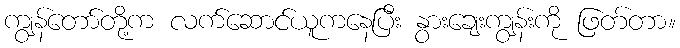
ကျွန်တော်တို့က လက်ဆောင်ယူကနေပြီး နွားချေးကျွန်းကို ဖြတ်တာ။